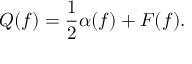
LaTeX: Q ( f ) = { \frac { 1 } { 2 } } \alpha ( f ) + F ( f ) .